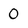
Character: 0